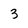
Character: 3